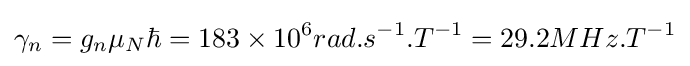
\gamma _{n}=g_{n}\mu _{N}\hbar =183\times 10^{6}rad.s^{-1}.T^{-1}=29.2MHz.T^{-1}